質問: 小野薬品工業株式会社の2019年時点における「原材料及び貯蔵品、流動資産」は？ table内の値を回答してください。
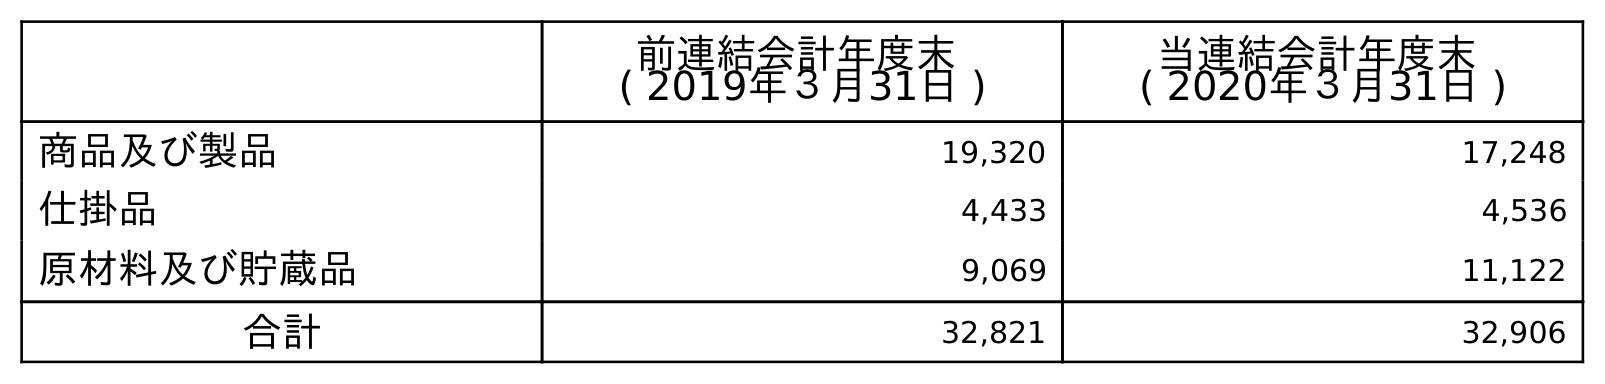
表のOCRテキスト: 前連結会計年度末 ( 2019年３月31日 ) 当連結会計年度末 ( 2020年３月31日 ) 商品及び製品 19,320 17,248 仕掛品 4,433 4,536 原材料及び貯蔵品 9,069 11,122 合計 32,821 32,906
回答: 9,069